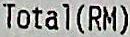
TOTAL(RM)